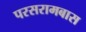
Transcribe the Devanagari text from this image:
परसरामबास